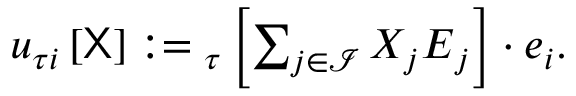
\begin{array} { r } { { u } _ { \tau i } \left[ \sf X \right] : = { \u { u } } _ { \u { \tau } } \left[ \sum _ { j \in \mathcal { I } } X _ { j } \boldsymbol { E } _ { j } \right] \cdot \boldsymbol { e } _ { i } . } \end{array}